Vaccination in Bombay 1863-1868 - 1863-1868
Year: 1863
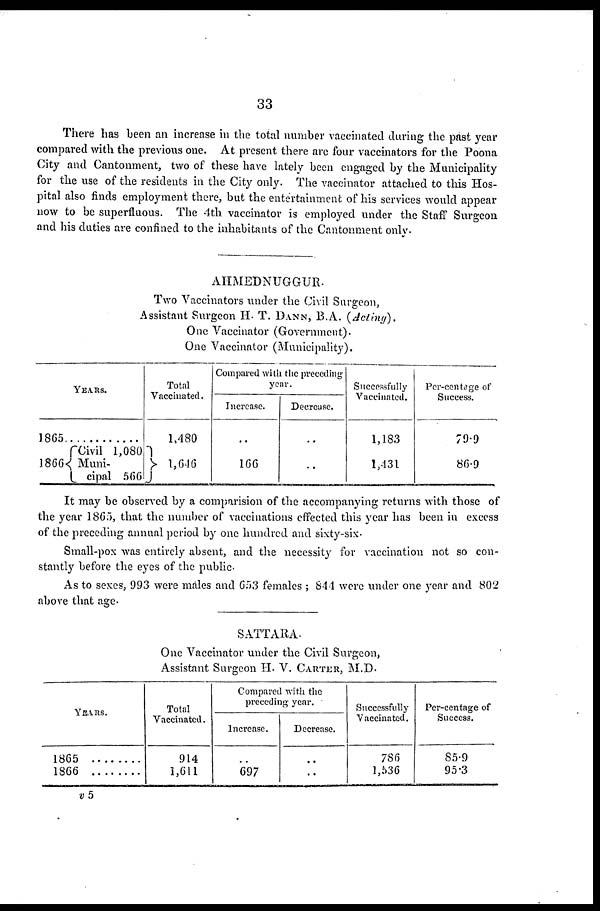
33
There has been an increase in the total number vaccinated during the past year
compared with the previous one. At present there are four vaccinators for the Poona
City and Cantonment, two of these have lately been engaged by the Municipality
for the use of the residents in the City only. The vaccinator attached to this Hos-
pital also finds employment there, but the entertainment of his services would appear
now to be superfluous. The 4th vaccinator is employed under the Staff Surgeon
and his duties are confined to the inhabitants of the Cantonment only.
AHMEDNUGGUR.
Two Vaccinators under the Civil Surgeon,
Assistant Surgeon H. T. DANN, B.A. (Acting).
One Vaccinator (Government).
One Vaccinator (Municipality).
YEARS.
1865 ............
1866
Civil 1,080
Muni-
cipal 566
Total
Vaccinated.
1,480
1,646
Compared with the preceding
year.
Increase.
..
166
Decrease.
..
..
Successfully
Vaccinated.
1,183
1,431
Per-centage of
Success.
79.9
86.9
It may be observed by a comparision of the accompanying returns with those of
the year 1865, that the number of vaccinations effected this year has been in excess
of the preceding annual period by one hundred and sixty-six.
Small-pox was entirely absent, and the necessity for vaccination not so con-
stantly before the eyes of the public.
As to sexes, 993 were males and 653 females ; 844 were under one year and 802
above that age.
SATTARA.
One Vaccinator under the Civil Surgeon,
Assistant Surgeon H. V. CARTER, M.D.
Years.
Total
Vaccinated.
914
1,611
Compared with the
preceding year.
Increase.
..
697
Decrease.
..
..
Successfully
Vaccinated.
786
1,536
Per-centage of
Success.
85.9
95.3
v 5